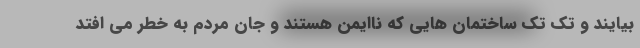
بیایند و تک تک ساختمان هایی که ناایمن هستند و جان مردم به خطر می افتد